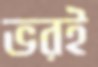
ভরই